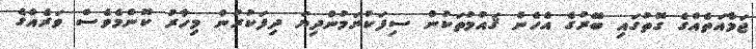
ޖަމާއަތެއްގެ ގޮތުގައި ބޭރުގެ އެހެން ޤައުމުތަކުން ސިފަކުރަމުންދިޔަ ދިފަކުރުން މިހާރު ކޮންމެވެސް ވަރެއްގެ